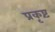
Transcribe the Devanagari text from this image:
प्रकृष्टं